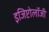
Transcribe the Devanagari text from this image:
इजिप्टोलॉजी